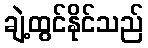
ချဲ့ထွင်နိုင်သည်